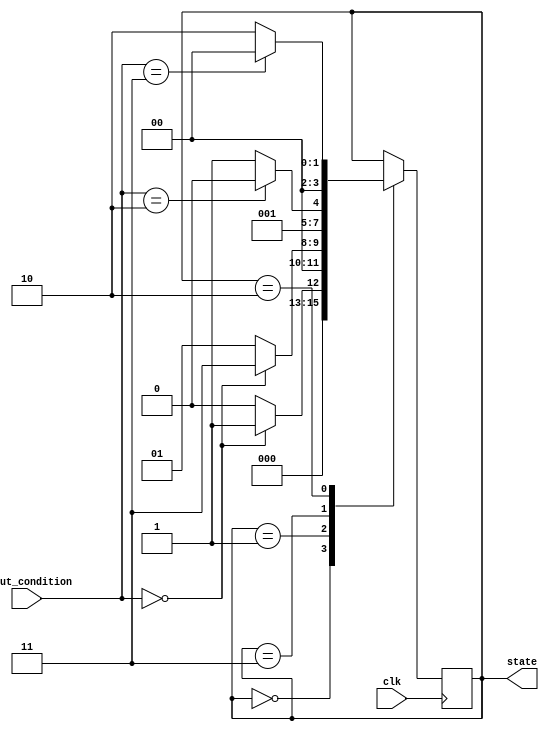
module gray_coded_state_machine (
    input wire clk,
    input wire [N-1:0] input_condition,
    output reg [N-1:0] state
);

// Parameter defining the number of states
parameter N = 4;

// Enumerated states using Gray code encoding
localparam [N-1:0] STATE_0 = 4'b0000;
localparam [N-1:0] STATE_1 = 4'b0001;
localparam [N-1:0] STATE_2 = 4'b0011;
localparam [N-1:0] STATE_3 = 4'b0010;

// Initial state
reg [N-1:0] current_state;

always @(posedge clk) begin
    case (current_state)
        STATE_0: begin
            // Define state transitions based on input conditions
            if (input_condition == 2'b00)
                current_state <= STATE_1;
            else
                current_state <= STATE_0;
        end
        STATE_1: begin
            // Define state transitions based on input conditions
            if (input_condition == 2'b00)
                current_state <= STATE_2;
            else
                current_state <= STATE_1;
        end
        STATE_2: begin
            // Define state transitions based on input conditions
            if (input_condition == 2'b10)
                current_state <= STATE_3;
            else
                current_state <= STATE_2;
        end
        STATE_3: begin
            // Define state transitions based on input conditions
            if (input_condition == 2'b11)
                current_state <= STATE_0;
            else
                current_state <= STATE_3;
        end
    endcase
end

// Assign current state value to output
always @(*) begin
    state = current_state;
end

endmodule